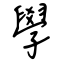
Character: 學